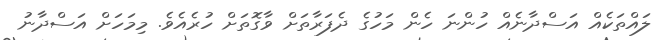
ލައްތަކެއް އަސްދާނެއް ހުންނަ ހެން މަހުގެ ދެފަރާތަށް ވާގޮތަށް ހުރެއެވެ. މިމަހަށް އަސްދާނު